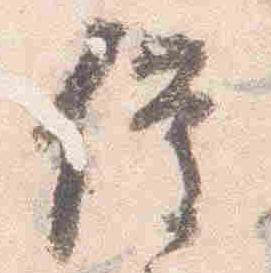
催